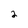
Character: 2